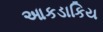
આકડાકિય